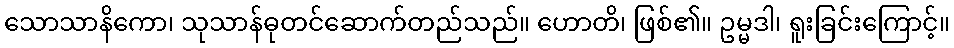
သောသာနိကော၊ သုသာန်ဓုတင်ဆောက်တည်သည်။ ဟောတိ၊ ဖြစ်၏။ ဥမ္မဒါ၊ ရူးခြင်းကြောင့်။